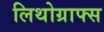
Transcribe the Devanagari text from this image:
लिथोग्राफ्स